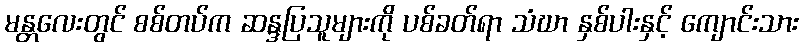
မန္တလေးတွင် စစ်တပ်က ဆန္ဒပြသူများကို ပစ်ခတ်ရာ သံဃာ နှစ်ပါးနှင့် ကျောင်းသား